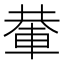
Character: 輂